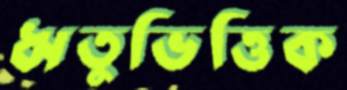
ঋতুভিত্তিক